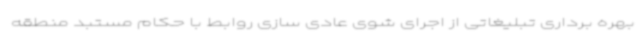
بهره برداری تبلیغاتی از اجرای شوی عادی سازی روابط با حکام مستبد منطقه